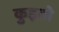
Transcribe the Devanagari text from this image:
कुइतो